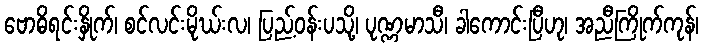
ဗောဓိရင်းနှိုက်၊ စင်လင်းမိုဃ်းလ၊ ပြည့်ဝန်းပသို့၊ ပုဏ္ဏမာသီ၊ ခါကောင်းပြီဟု၊ အညီကြိုက်ကုန်၊